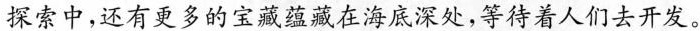
探索中，还有更多的宝藏蕴藏在海底深处，等待着人们去开发。